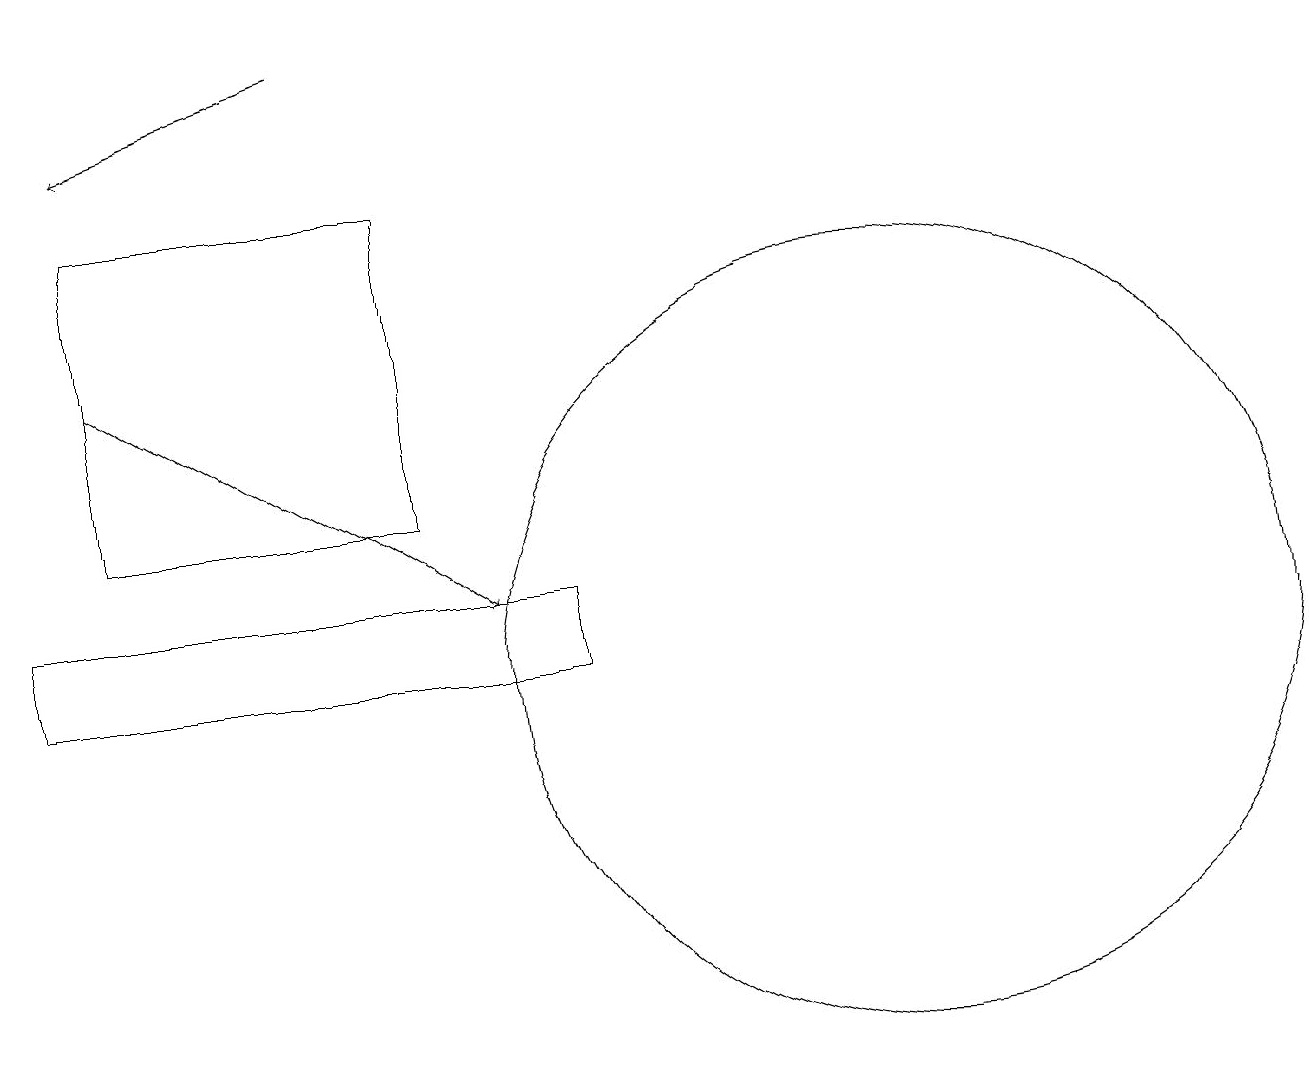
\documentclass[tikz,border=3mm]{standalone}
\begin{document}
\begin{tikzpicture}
\draw (1,13) rectangle (5,17);
\draw[->] (4,19) -- (1,18);
\draw (7,12) rectangle (0,11);
\draw (11,11) circle (5);
\draw[->] (1,15) -- (6,12);
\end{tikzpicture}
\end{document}